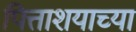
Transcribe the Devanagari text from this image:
पित्ताशयाच्या